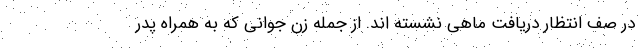
در صف انتظار دریافت ماهی نشسته اند. از جمله زن جوانی که به همراه پدر